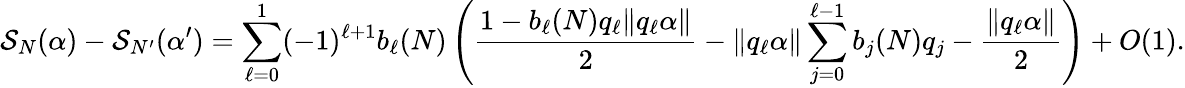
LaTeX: \mathcal{S}_{N}(\alpha)-\mathcal{S}_{N^{\prime}}(\alpha^{\prime})=\sum_{\ell=0}^{1}(-1)^{\ell+1}b_{\ell}(N)\left(\frac{{1-b_{\ell}(N)q_{\ell}\| q_{\ell}\alpha\| }}{{2}}-\| q_{\ell}\alpha\| \sum_{j=0}^{\ell-1}b_{j}(N)q_{j}-\frac{{\| q_{\ell}\alpha\| }}{{2}}\right)+O(1).